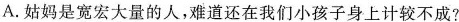
A.姑妈是宽宏大量的人，难道还在我们小孩子身上计较不成?